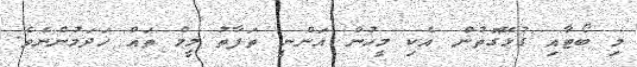
މި ބޯޓާއި ގުޅޭގޮތުން އެކި މީހުން އަންނީ ތަފާތު މީމް ތައް ހަދަމުންނެވެ.